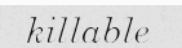
killable